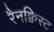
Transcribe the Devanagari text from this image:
रैनक्विस्ट